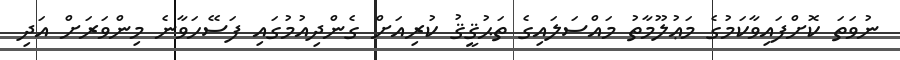
ނުވަތަ ކޮށްފައިވާކަމުގެ މަޢުލޫމާތު މައްސަލައިގެ ތަޙުޤީޤު ކުރިއަށް ގެންދިއުމުގައި ފަސޭހަވާނެ މިންވަރަށް އަދި